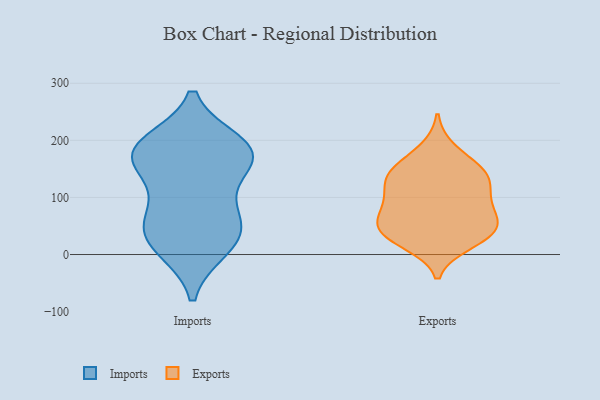
{"axis": {"x": "Operating Costs (USD K)", "y": "Value"}, "legend": ["Exports", "Imports"], "data": [{"x": "", "y": 47, "type": "Imports"}, {"x": "", "y": 45, "type": "Imports"}, {"x": "", "y": 173, "type": "Imports"}, {"x": "", "y": 170, "type": "Imports"}, {"x": "", "y": 17, "type": "Imports"}, {"x": "", "y": 103, "type": "Imports"}, {"x": "", "y": 176, "type": "Imports"}, {"x": "", "y": 12, "type": "Imports"}, {"x": "", "y": 193, "type": "Imports"}, {"x": "", "y": 63, "type": "Imports"}, {"x": "", "y": 177, "type": "Imports"}, {"x": "", "y": 178, "type": "Imports"}, {"x": "", "y": 121, "type": "Exports"}, {"x": "", "y": 52, "type": "Exports"}, {"x": "", "y": 20, "type": "Exports"}, {"x": "", "y": 143, "type": "Exports"}, {"x": "", "y": 63, "type": "Exports"}, {"x": "", "y": 94, "type": "Exports"}, {"x": "", "y": 136, "type": "Exports"}, {"x": "", "y": 184, "type": "Exports"}, {"x": "", "y": 42, "type": "Exports"}, {"x": "", "y": 29, "type": "Exports"}, {"x": "", "y": 101, "type": "Exports"}, {"x": "", "y": 144, "type": "Exports"}, {"x": "", "y": 149, "type": "Exports"}, {"x": "", "y": 83, "type": "Exports"}, {"x": "", "y": 54, "type": "Exports"}, {"x": "", "y": 34, "type": "Exports"}]}